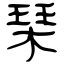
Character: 琹